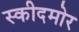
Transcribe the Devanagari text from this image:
स्कीदमोर